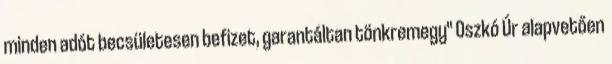
minden adót becsületesen befizet, garantáltan tönkremegy" Oszkó Úr alapvetően